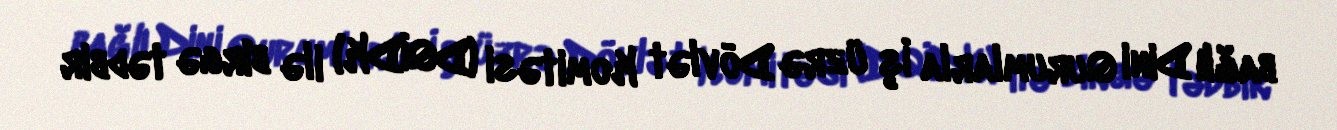
bağlı Dini Qurumlarla İş üzrə Dövlət Komitəsi (DQİDK) ilə birgə tədbir